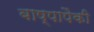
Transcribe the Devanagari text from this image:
बाष्पापैकी